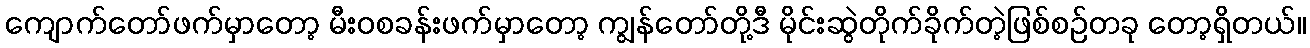
ကျောက်တော်ဖက်မှာတော့ မီးဝစခန်းဖက်မှာတော့ ကျွန်တော်တို့ဒီ မိုင်းဆွဲတိုက်ခိုက်တဲ့ဖြစ်စဉ်တခု တော့ရှိတယ်။